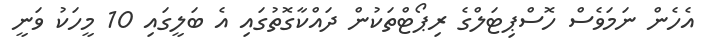
އެހެން ނަމަވެސް ހޮސްޕިޓަލްގެ ރިޕޯޓްތަކުން ދައްކާގޮތުގައި އެ ބަލީގައި 10 މީހަކު ވަނީ